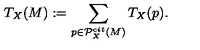
T _ { X } ( M ) : = \sum _ { p \in { \cal P } _ { X } ^ { c i t } ( M ) } T _ { X } ( p ) .